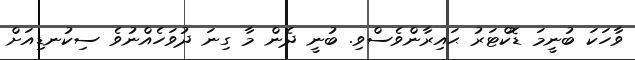
ވާހަކަ ބުނީމަ ޑޮކްޓަރު ޙައިރާންވެސްވި. ބުނީ ދެން މާ ގިނަ ދުވަހެއްނުވެ ސިކުނޑިއަށް